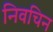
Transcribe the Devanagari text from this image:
निवचिन